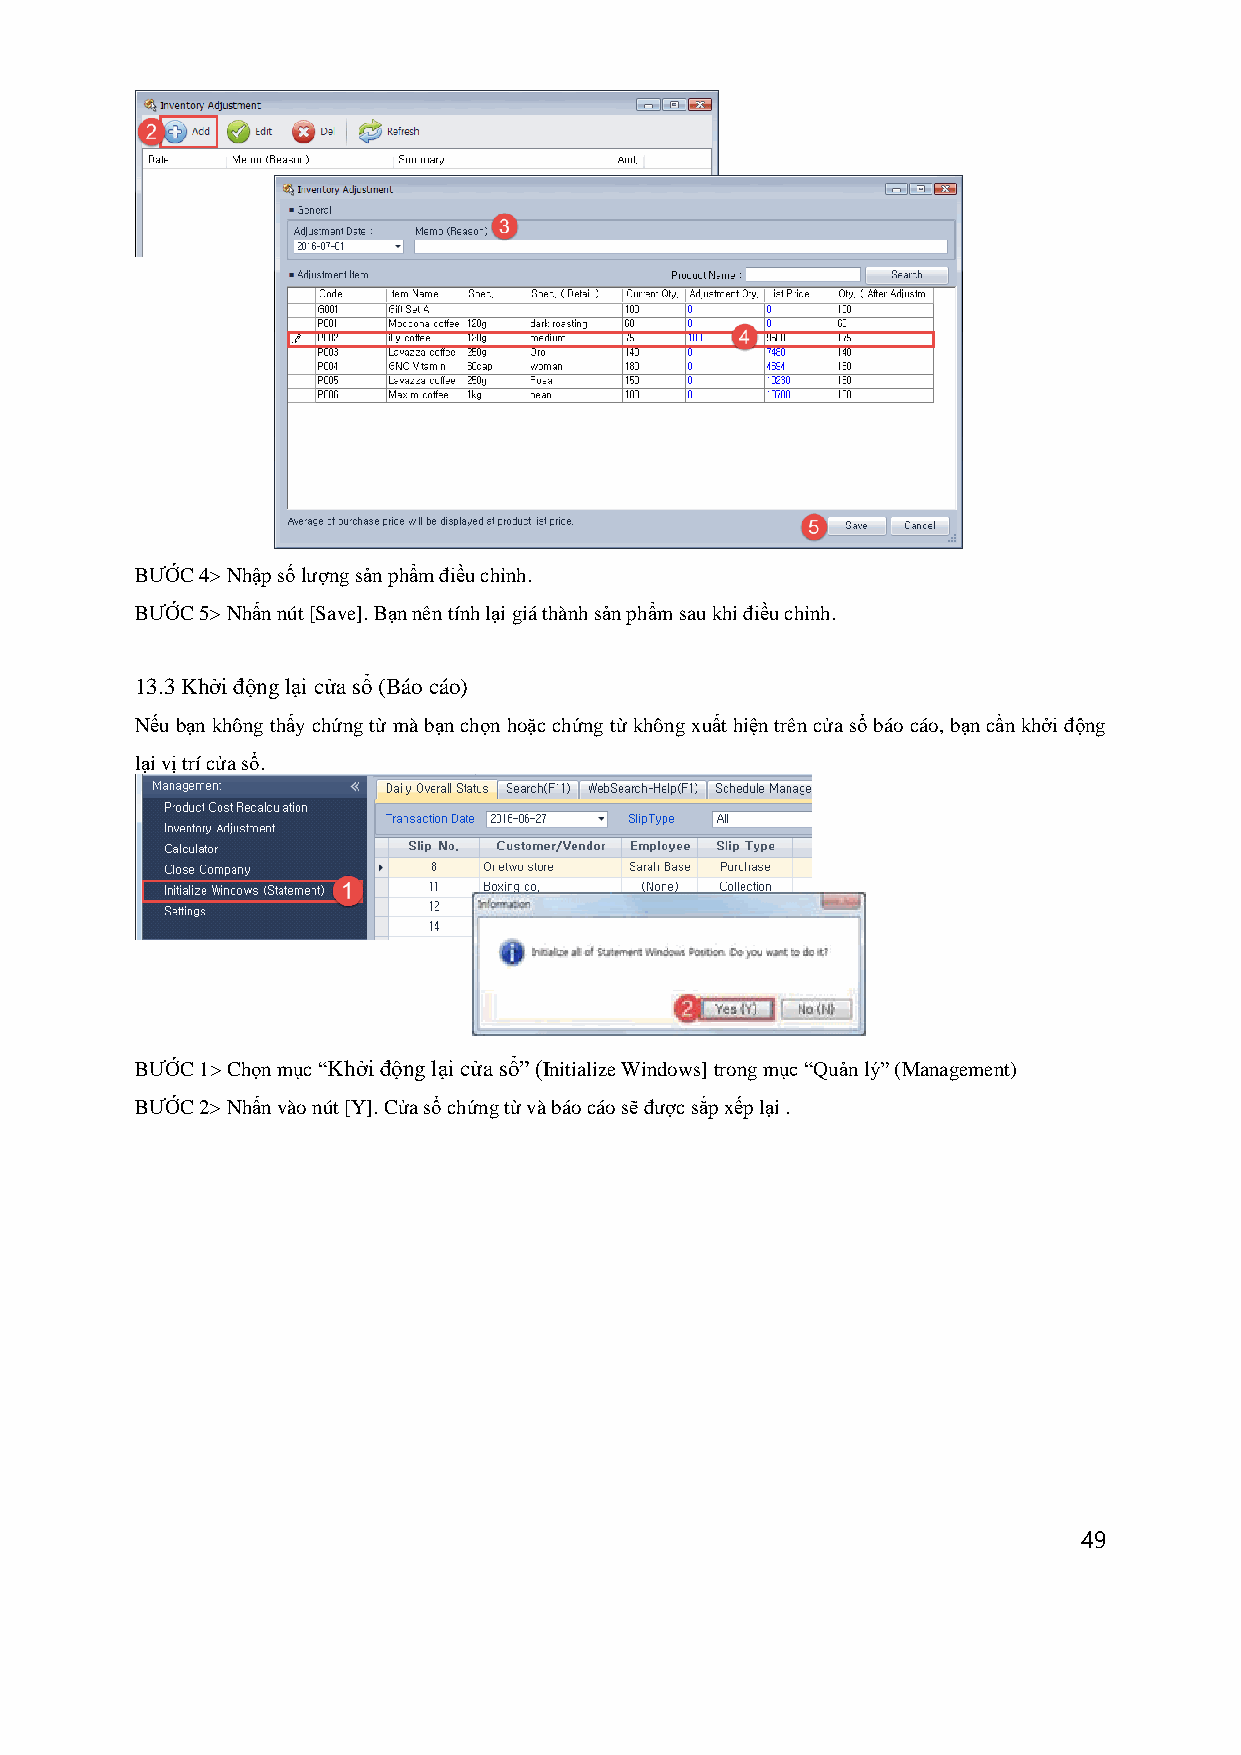
BƯỚC 4> Nhập số lượng sản phẩm điều chỉnh.
 BƯỚC 5> Nhấn nút [Save]. Bạn nên tính lại giá thành sản phẩm sau khi điều chỉnh.
 13.3 Khởi động lại cửa sổ (Báo cáo)
 Nếu bạn không thấy chứng từ mà bạn chọn hoặc chứng từ không xuất hiện trên cửa sổ báo cáo, bạn cần khởi động
 lại vị trí cửa sổ.
 BƯỚC 1> Chọn mục “Khởi động lại cửa sổ” (Initialize Windows] trong mục “Quản lý” (Management)
 BƯỚC 2> Nhấn vào nút [Y]. Cửa sổ chứng từ và báo cáo sẽ được sắp xếp lại .
 49